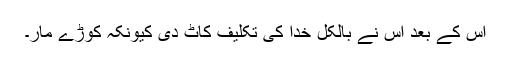
اس کے بعد اس نے بالکل خدا کی تکلیف کاٹ دی کیونکہ کوڑے مار۔